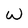
Character: W